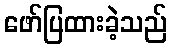
ဖော်ပြထားခဲ့သည်